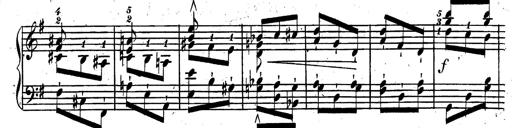
Title: Rondeau fantastique sur un thÃ¨me espagnol
Composer: Franz Liszt